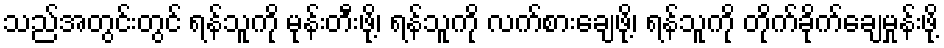
သည်အတွင်းတွင် ရန်သူကို မုန်းတီးဖို့၊ ရန်သူကို လက်စားချေဖို့၊ ရန်သူကို တိုက်ခိုက်ချေမှုန်းဖို့